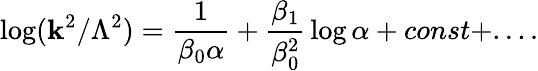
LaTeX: \log(\mathbf{k}^{2}/\Lambda^{2})={\frac{{1}}{{\beta_{0}\alpha}}}+{\frac{{\beta_{1}}}{{\beta_{0}^{2}}}}\log\alpha+const+....